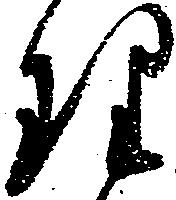
理